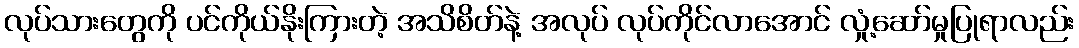
လုပ်သားတွေကို ပင်ကိုယ်နိုးကြားတဲ့ အသိစိတ်နဲ့ အလုပ် လုပ်ကိုင်လာအောင် လှုံ့ဆော်မှုပြုရာလည်း